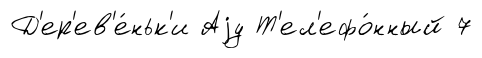
Д'ер'ев'е́ньк'и Аjу Т'ел'ефо́нный 7